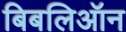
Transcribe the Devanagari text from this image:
बिबलिऑन